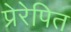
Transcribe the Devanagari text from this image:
प्रेरेपित